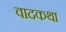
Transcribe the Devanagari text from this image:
वादकथा